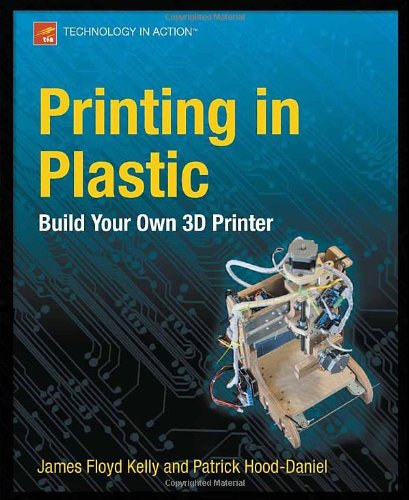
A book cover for Printing in Plastic: Build Your Own 3D Printer (Technology in Action); James Floyd Kelly; Computers & Technology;